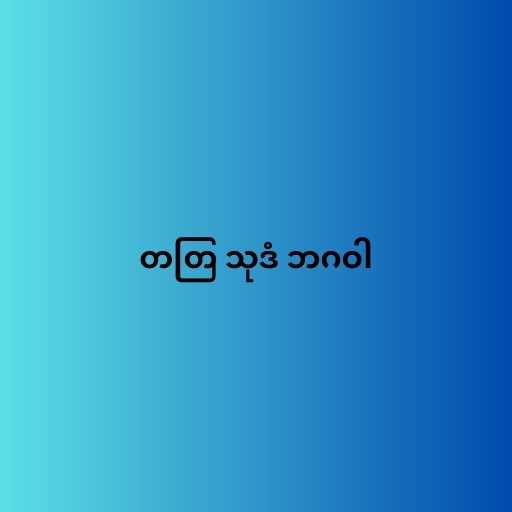
တတြ သုဒံ ဘဂဝါ